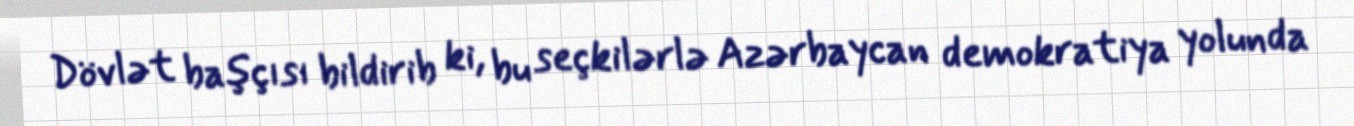
Dövlət başçısı bildirib ki, bu seçkilərlə Azərbaycan demokratiya yolunda